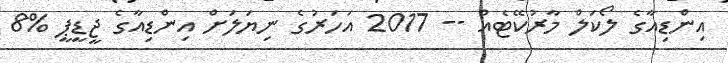
އިންޑިއާގެ ލޯކަލް މާރުކޭޓެއް -- 2017 އަހަރުގެ ނިޔަލަށް އިންޑިއާގެ ޖީޑީޕީ %8